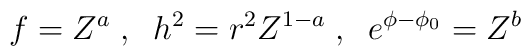
f = Z^a \; , \; \; h^2 = r^2 Z^{1 - a} \; , \; \; e^{\phi - \phi_0} = Z^b